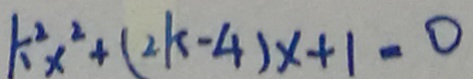
k ^ { 2 } x ^ { 2 } + ( 2 k - 4 ) x + 1 = 0